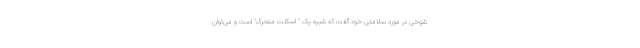
شوخی در مورد سلامتی خود گفت که شبیه یک " اسکلت متحرک" است و می‌توان